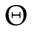
\Theta